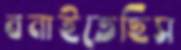
বনাইতেছিস